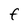
Character: f